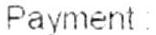
PAYMENT :